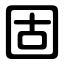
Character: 固